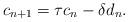
LaTeX: \begin{align*}c_{n+1} = \tau c_n - \delta d_n.\end{align*}